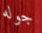
جوله